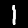
Label: 1